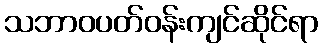
သဘာဝပတ်ဝန်းကျင်ဆိုင်ရာ